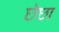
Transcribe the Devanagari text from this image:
छेछा